Senior Leaving Certificate Examination (including Day School Certificate (Higher) General paper), 1946
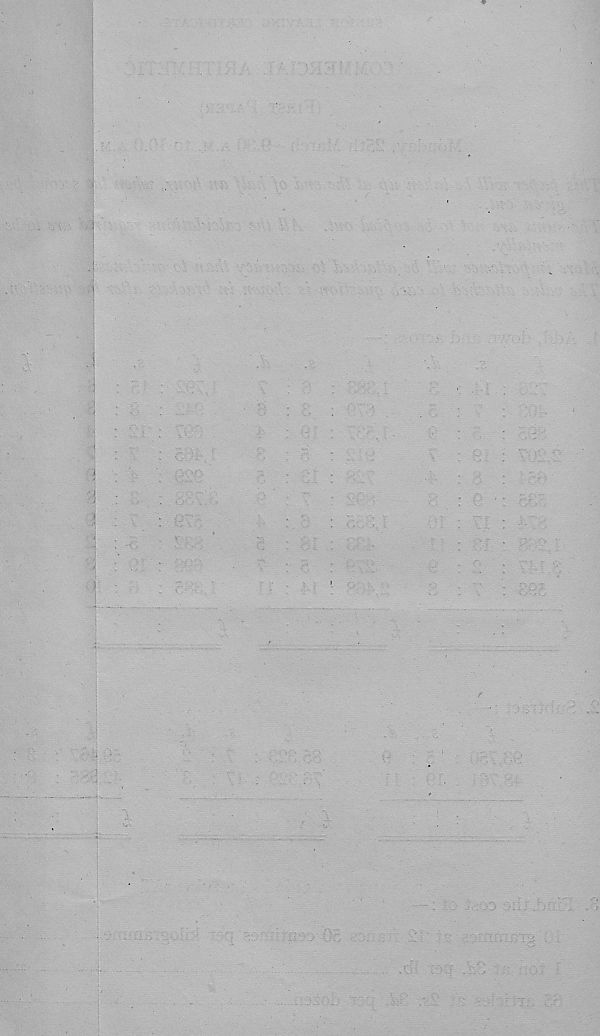
;. - ~! > ...
■ V-
■ ebb.
■ Mt
iixz
v I
xjCi-'
.ttb
■
■ b!!
e • cS?/ :
1"-' i
■ .
oSE
,t;b-.
T, ‘00
'
a
- ol i